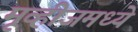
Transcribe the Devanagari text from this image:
मूव्हीजमध्ये